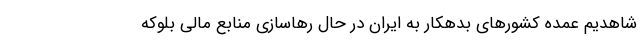
شاهدیم عمده کشورهای بدهکار به ایران در حال رهاسازی منابع مالی بلوکه